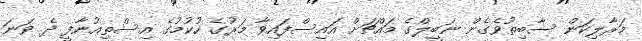
މަރާލިކަން ސާބިތުވެގެން ނަބީލްގެ މައްޗަށް އައިސްފައިވާ މަރުގެ ހުކުމުގެ އިސްތިއުނާފީ ދެ ވަނަ